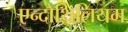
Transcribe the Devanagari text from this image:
एन्दोथिलियम